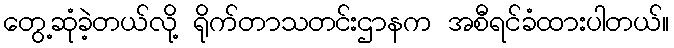
တွေ့ဆုံခဲ့တယ်လို့ ရိုက်တာသတင်းဌာနက အစီရင်ခံထားပါတယ်။